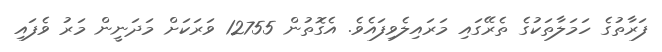
ފަރާތުގެ ހަމަލާތަކުގެ ތެރޭގައި މަރައިލެވިފައެވެ. އެގޮތުން 12755 ވަރަކަށް މަދަނީން މަރު ވެފައި